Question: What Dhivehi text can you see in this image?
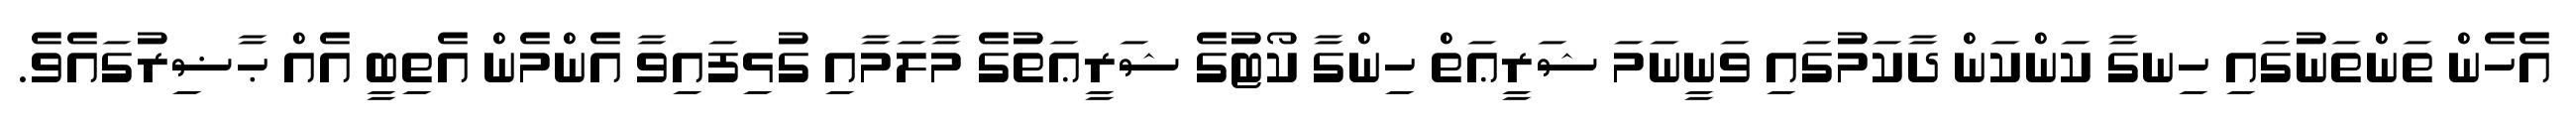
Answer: އެހެން ތަންތަނުގައި ހިނގާ ކަންކަން ދާކަމުގައި ވަނީނަމަ ޝަރީޢަތް ހިންގާ ކޯޓުގެ ޝަރީޢަތުގެ މާލަމާއި ގުޅިފައިވާ އެންމެން އެތިބީ އެއް ޙާޟިރުގައެވެ.